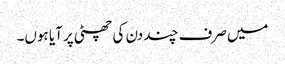
میں صرف چند دن کی چھٹی پر آیا ہوں۔